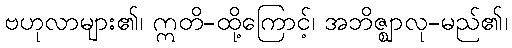
ဗဟုလာများ၏၊ ဣတိ-ထို့ကြောင့်၊ အဘိဇ္ဈာလု-မည်၏၊